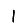
Digit: 1